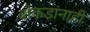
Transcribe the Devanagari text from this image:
बोकडांनाही